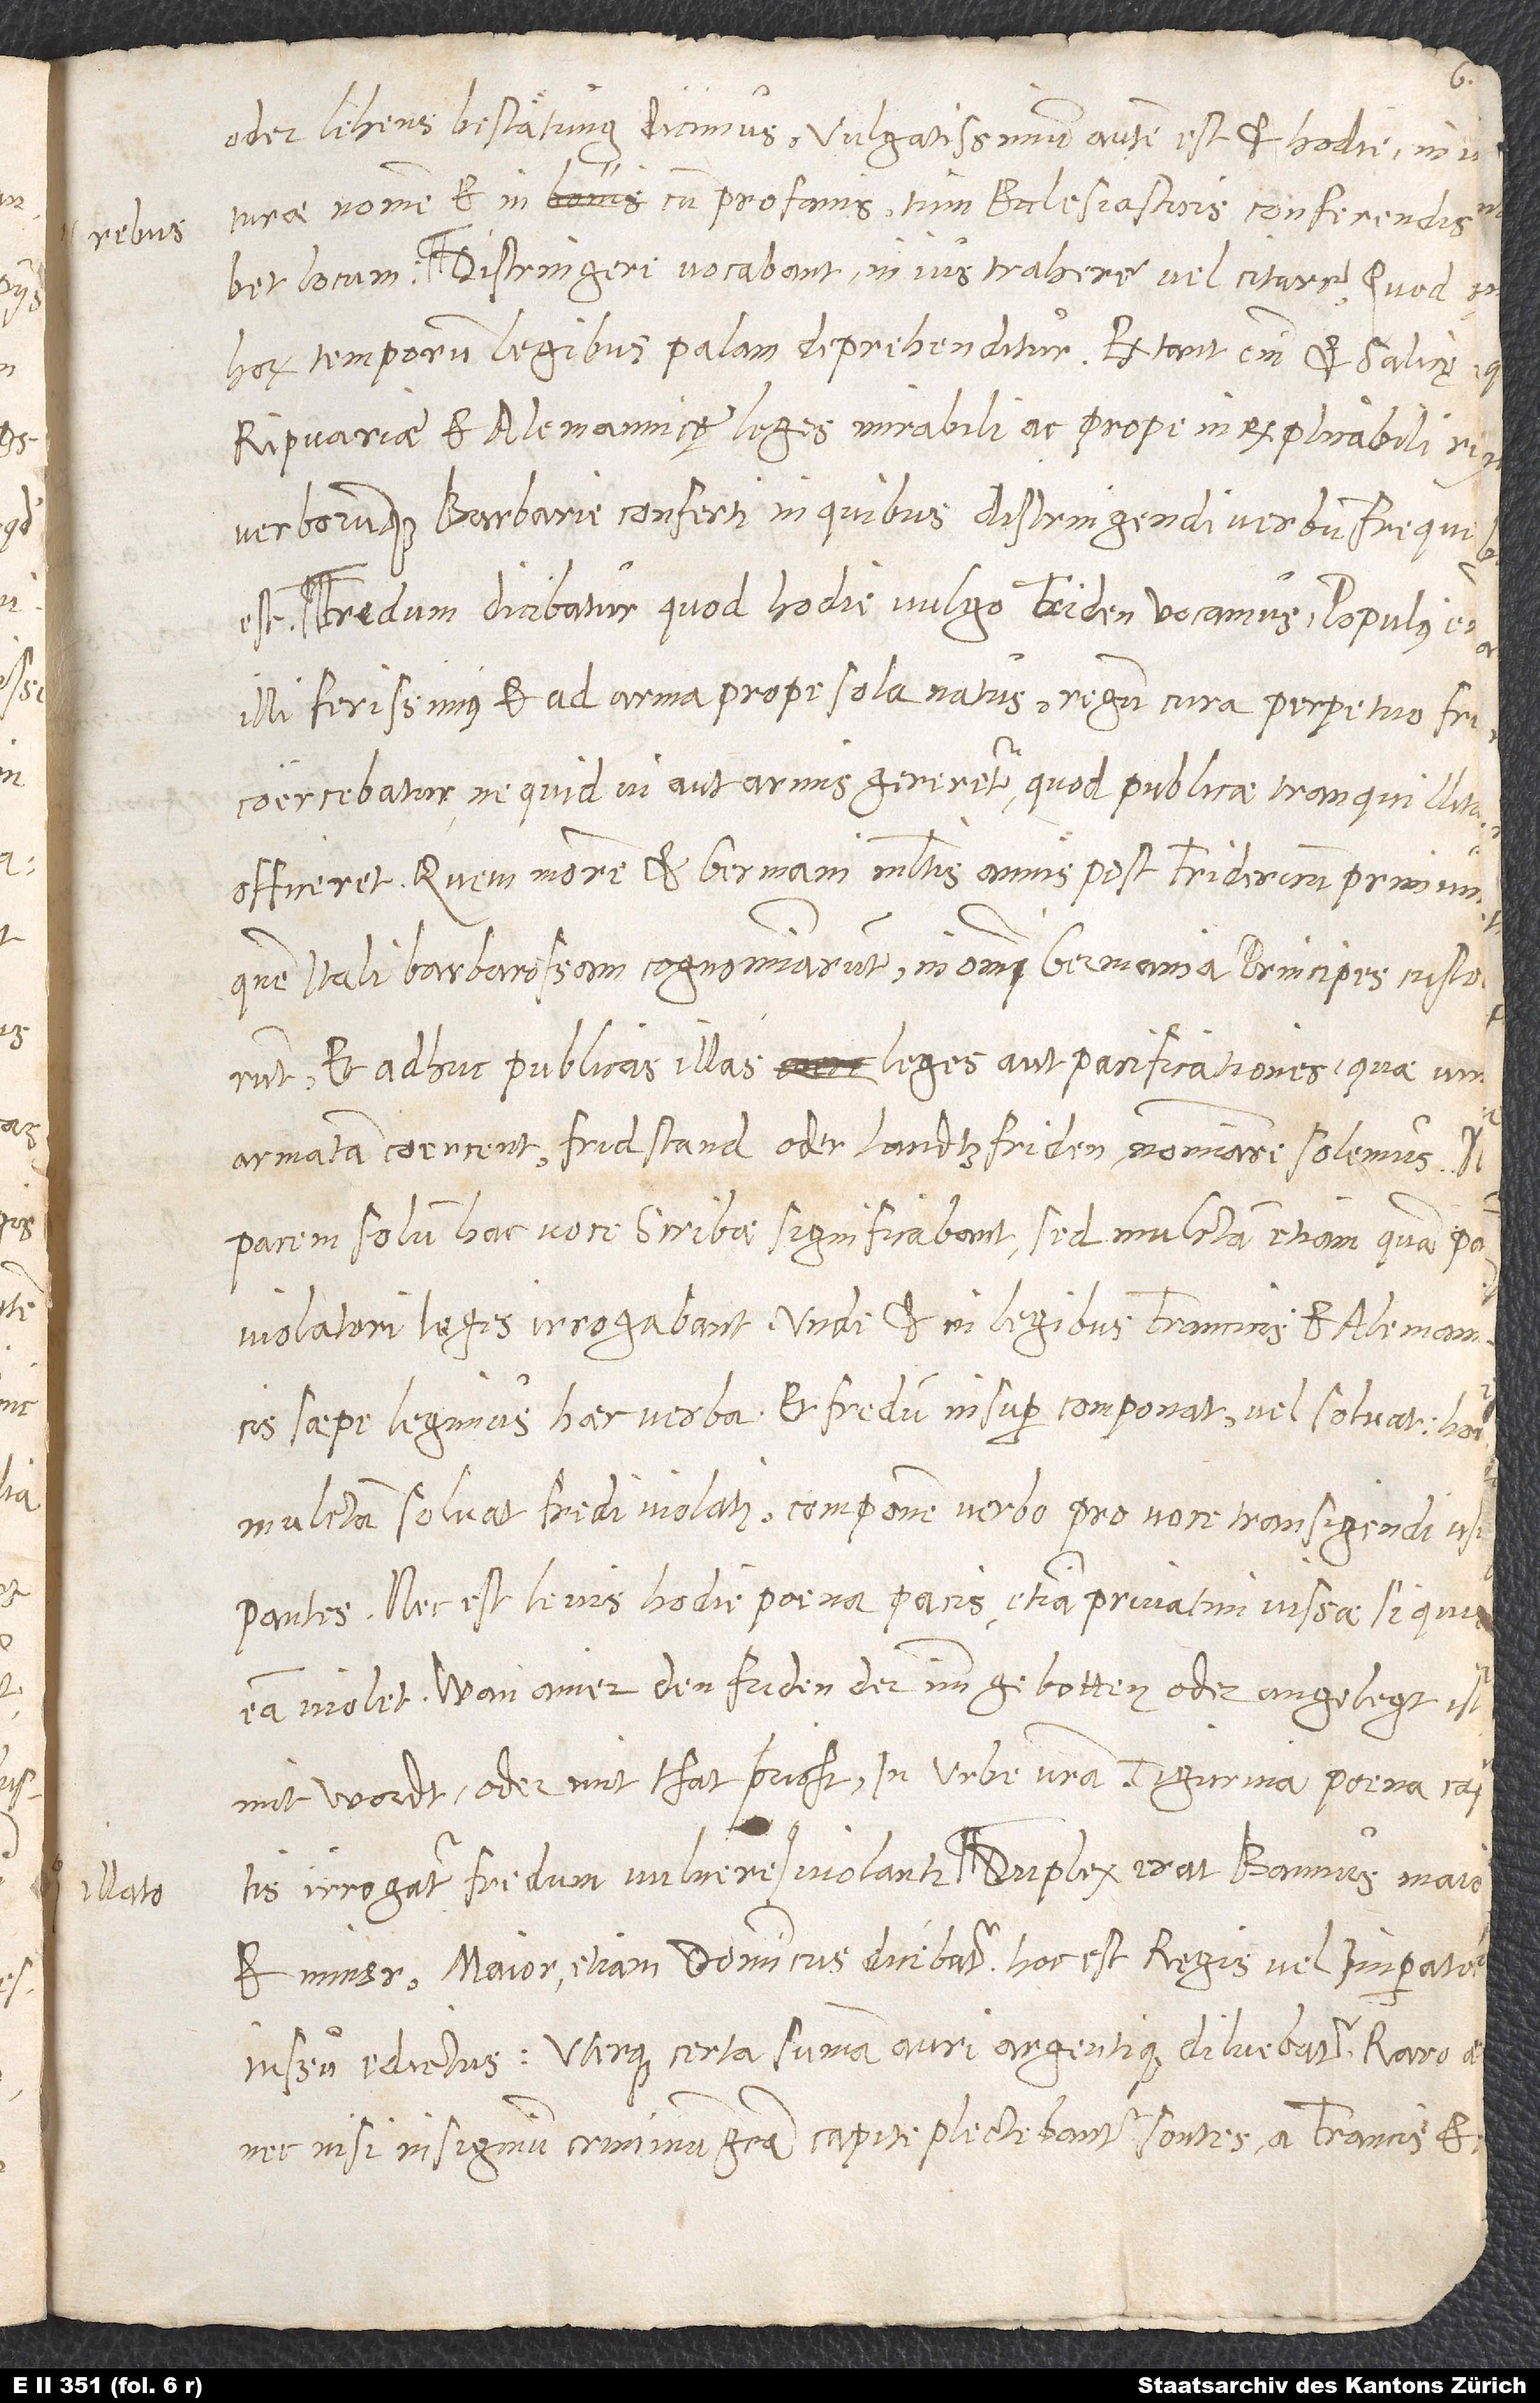
oder lehensbestätung dicimus. Vulgatissimum autem est et hodie invemannis.